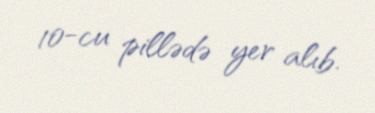
10-cu pillədə yer alıb.